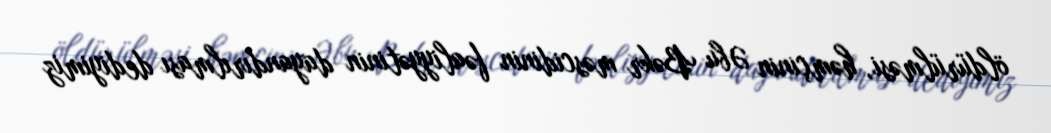
öldürülməsi, həmçinin Əbu Bəkr məscidinin fəaliyyətinin dayandırılması dediyimiz